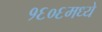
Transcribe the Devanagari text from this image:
१६०६मध्ये